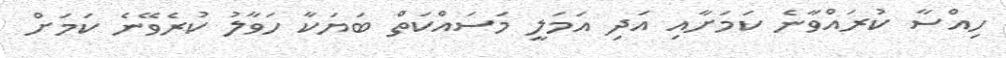
ހިއްސާ ކުރައްވާނެ ކަމަށާއި އަދި އަމަލީ މަސައްކަތް ބަޔަކާ ހަވާލު ކުރެވޭނެ ކަމަށް